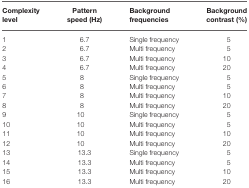
<table><thead><tr><td><b>Complexity level</b></td><td><b>Pattern speed (Hz)</b></td><td><b>Background frequencies</b></td><td><b>Background contrast (%)</b></td></tr></thead><tbody><tr><td>1</td><td>6.7</td><td>Single frequency</td><td>5</td></tr><tr><td>2</td><td>6.7</td><td>Multi frequency</td><td>5</td></tr><tr><td>3</td><td>6.7</td><td>Multi frequency</td><td>10</td></tr><tr><td>4</td><td>6.7</td><td>Multi frequency</td><td>20</td></tr><tr><td>5</td><td>8</td><td>Single frequency</td><td>5</td></tr><tr><td>6</td><td>8</td><td>Multi frequency</td><td>5</td></tr><tr><td>7</td><td>8</td><td>Multi frequency</td><td>10</td></tr><tr><td>8</td><td>8</td><td>Multi frequency</td><td>20</td></tr><tr><td>9</td><td>10</td><td>Single frequency</td><td>5</td></tr><tr><td>10</td><td>10</td><td>Multi frequency</td><td>5</td></tr><tr><td>11</td><td>10</td><td>Multi frequency</td><td>10</td></tr><tr><td>12</td><td>10</td><td>Multi frequency</td><td>20</td></tr><tr><td>13</td><td>13.3</td><td>Single frequency</td><td>5</td></tr><tr><td>14</td><td>13.3</td><td>Multi frequency</td><td>5</td></tr><tr><td>15</td><td>13.3</td><td>Multi frequency</td><td>10</td></tr><tr><td>16</td><td>13.3</td><td>Multi frequency</td><td>20</td></tr></tbody></table>